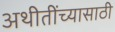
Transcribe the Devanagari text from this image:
अथीतींच्यासाठी